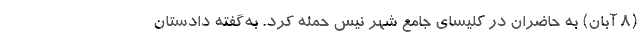
(۸ آبان) به حاضران در کلیسای جامع شهر نیس حمله کرد. به‌گفته دادستان